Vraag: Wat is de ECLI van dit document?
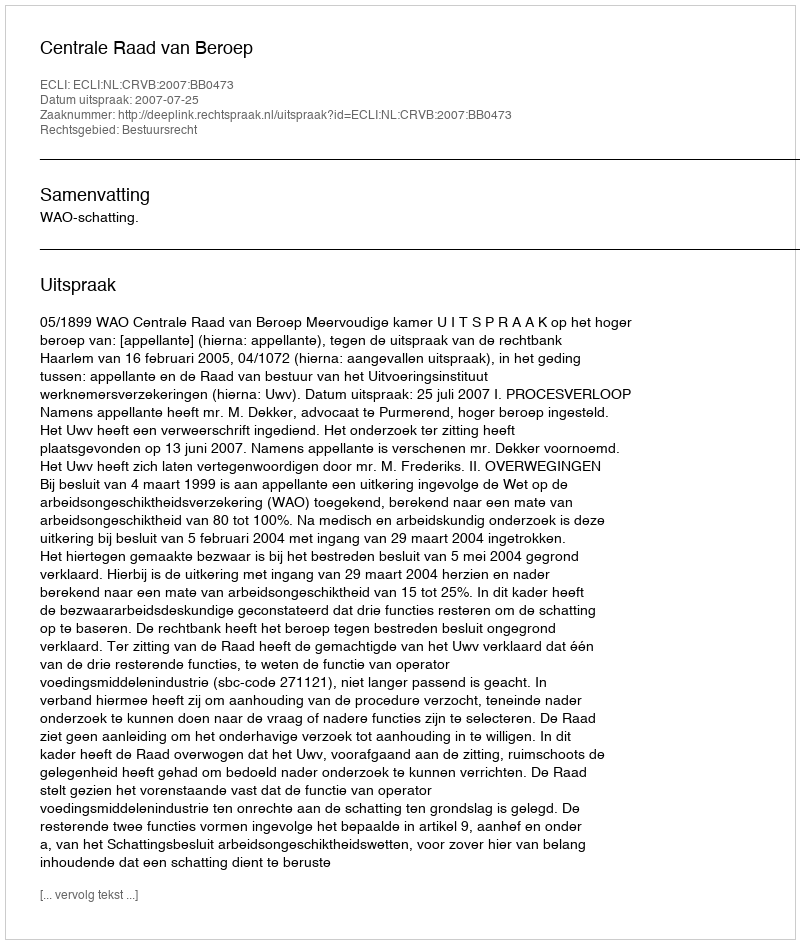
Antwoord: ECLI:NL:CRVB:2007:BB0473